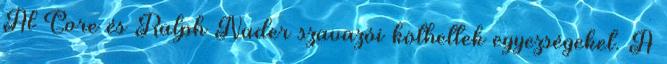
Al Gore és Ralph Nader szavazói köthettek egyezségeket. A